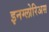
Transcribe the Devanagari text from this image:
इनग्लोरिअस